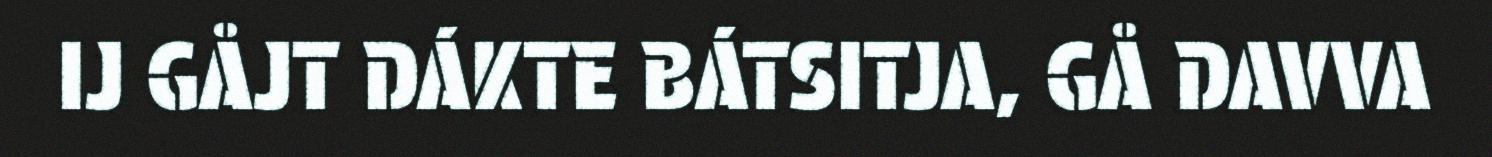
IJ GÅJT DÁKTE BÁTSITJA, GÅ DAVVA